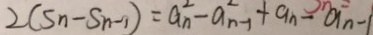
2 ( S n - S n - 1 ) = a _ { n } ^ { 2 } - a ^ { 2 } _ { n - 1 } + a _ { n } - a _ { n } - 1